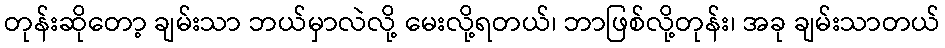
တုန်းဆိုတော့ ချမ်းသာ ဘယ်မှာလဲလို့ မေးလို့ရတယ်၊ ဘာဖြစ်လို့တုန်း၊ အခု ချမ်းသာတယ်